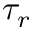
\tau _ { r }